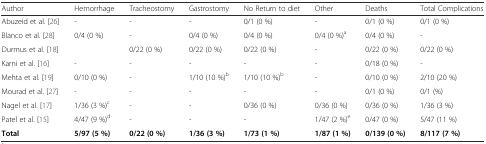
<table><thead><tr><td><b>Author</b></td><td><b>Hemorrhage</b></td><td><b>Tracheostomy</b></td><td><b>Gastrostomy</b></td><td><b>No Return to diet</b></td><td><b>Other</b></td><td><b>Deaths</b></td><td><b>Total Complications</b></td></tr></thead><tbody><tr><td>Abuzeid et al. [26]</td><td>-</td><td>-</td><td>-</td><td>0/1 (0 %)</td><td>-</td><td>0/1 (0 %)</td><td>0/1 (0 %)</td></tr><tr><td>Blanco et al. [28]</td><td>0/4 (0 %)</td><td>-</td><td>0/4 (0 %)</td><td>0/4 (0 %)</td><td>0/4 (0 %)<sup>a</sup></td><td>0/4 (0 %)</td><td>-</td></tr><tr><td>Durmus et al. [18]</td><td>[EMPTY_CELL]</td><td>0/22 (0 %)</td><td>0/22 (0 %)</td><td>0/22 (0 %)</td><td>-</td><td>0/22 (0 %)</td><td>0/22 (0 %)</td></tr><tr><td>Karni et al. [16]</td><td>-</td><td>-</td><td>-</td><td>-</td><td>-</td><td>0/18 (0 %)</td><td>-</td></tr><tr><td>Mehta et al. [19]</td><td>0/10 (0 %)</td><td>-</td><td>1/10 (10 %)<sup>b</sup></td><td>1/10 (10 %)<sup>b</sup></td><td>-</td><td>0/10 (0 %)</td><td>2/10 (20 %)</td></tr><tr><td>Mourad et al. [27]</td><td>-</td><td>-</td><td>-</td><td>-</td><td>-</td><td>0/1 (0 %)</td><td>0/1 (%)</td></tr><tr><td>Nagel et al. [17]</td><td>1/36 (3 %)<sup>c</sup></td><td>-</td><td>-</td><td>0/36 (0 %)</td><td>0/36 (0 %)</td><td>0/36 (0 %)</td><td>1/36 (3 %)</td></tr><tr><td>Patel et al. [15]</td><td>4/47 (9 %)<sup>d</sup></td><td>-</td><td>-</td><td>-</td><td>1/47 (2 %)<sup>e</sup></td><td>0/47 (0 %)</td><td>5/47 (11 %)</td></tr><tr><td><b>Total</b></td><td><b>5/97 (5 %)</b></td><td><b>0/22 (0 %)</b></td><td><b>1/36 (3 %)</b></td><td><b>1/73 (1 %)</b></td><td><b>1/87 (1 %)</b></td><td><b>0/139 (0 %)</b></td><td><b>8/117 (7 %)</b></td></tr></tbody></table>